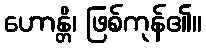
ဟောန္တိ၊ ဖြစ်ကုန်၏။